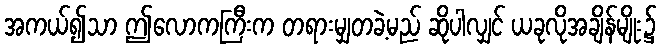
အကယ်၍သာ ဤလောကကြီးက တရားမျှတခဲ့မည် ဆိုပါလျှင် ယခုလိုအချိန်မျိုး၌